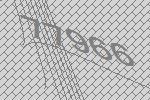
77966